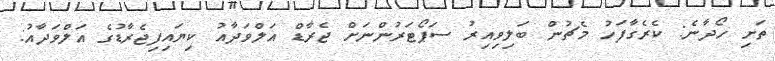
ތަށި ހޯދާނެ: ކެރެގާފަހު މެޗުން ބަލިވިއިރު ސަޕޯޓަރުންނަށް ޖެރާޑް އަލްވަދާއު ކިޔައިފިޖެރާޑުގެ އަލްވަދާއު: